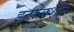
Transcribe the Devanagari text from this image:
इन्फ़ेक्शन